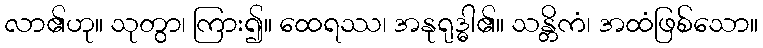
လာ၏ဟု။ သုတွာ၊ ကြား၍။ ထေရဿ၊ အနုရုဒ္ဓါ၏။ သန္တိကံ၊ အထံဖြစ်သော။